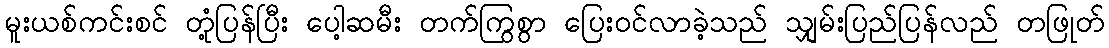
မူးယစ်ကင်းစင် တုံ့ပြန်ပြီး ပေါ့ဆမီး တက်ကြွစွာ ပြေးဝင်လာခဲ့သည် သျှမ်းပြည်ပြန်လည် တဖြုတ်